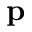
\mathbf { p }